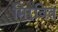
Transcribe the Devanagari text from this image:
मिरवित